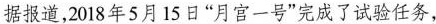
据报道，2018年5月15日”月宫一号”完成了试验任务，